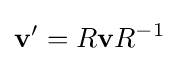
\mathbf {v} '=R\mathbf {v} R^{-1}